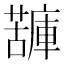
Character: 𧁷